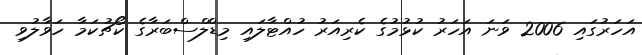
އަހަރުގައި 2006 ވަނަ އަހަރު ކުޅުމުގެ ކެރިއަރު ހުއްޓާލައި މިޑްލްސްބަރާގެ ކޯޗުކަމާ ހަވާލުވި